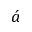
\acute { a }